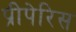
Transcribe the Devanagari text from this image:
प्रीपेरिस